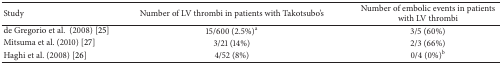
| Study | Number of LV thrombi in patients with Takotsubo's | Number of embolic events in patients with LV thrombi |
 | --- | --- | --- |
 | de Gregorio et al. (2008) [25] | 15/600 (2.5%)a | 3/5 (60%) |
 | Mitsuma et al. (2010) [27] | 3/21 (14%) | 2/3 (66%) |
 | Haghi et al. (2008) [26] | 4/52 (8%) | 0/4 (0%)b |